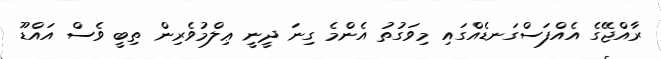
ރާއްޖޭގެ އެއްފަސްގަނޑެއްގައި މިވަގުތު އެންމެ ގިނަ ދީނީ ޢިލްމުވެރިން ތިބީ ވެސް އައްޑޫ